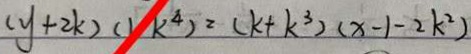
( y + 2 k ) ( 1 - k ^ { 4 } ) = ( k + k ^ { 3 } ) ( x - 1 - 2 k ^ { 2 } )